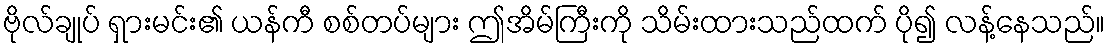
ဗိုလ်ချုပ် ရှားမင်း၏ ယန်ကီ စစ်တပ်များ ဤအိမ်ကြီးကို သိမ်းထားသည်ထက် ပို၍ လန့်နေသည်။